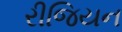
રીજિયન